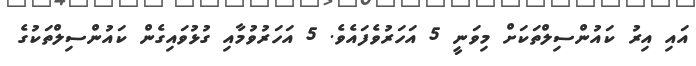
އައި އިރު ކައުންސިލްތަކަށް މިވަނީ 5 އަހަރުވެފައެވެ. 5 އަހަރުވުމާއި ގުޅުވައިގެން ކައުންސިލްތަކުގެ